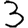
Digit: 3